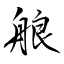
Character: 艆